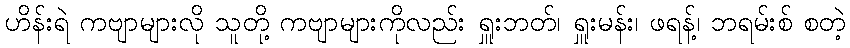
ဟိန်းရဲ ကဗျာများလို သူတို့ ကဗျာများကိုလည်း ရှူးဘတ်၊ ရှူးမန်း၊ ဖရန့်၊ ဘရမ်းစ် စတဲ့